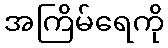
အကြိမ်ရေကို